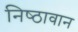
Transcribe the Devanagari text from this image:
निष्‍ठावान